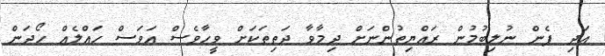
އަދި ފެން ނުލިބުމުން ރައްޔިތުންނަށް ދިމާވާ ދަތިތަކަށް ވީހާވެސް އަވަސް ހައްލެއް ހޯދަން